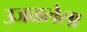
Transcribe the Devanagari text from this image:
उजळलेला